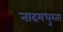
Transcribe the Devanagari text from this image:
नादमधुरता